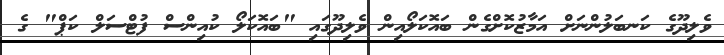
ވެލިދޫގެ ކަނބަލުންނަށް އަމާޒުކޮށްގެން ބައޮކަލޯއިން ވެލިދޫގައި "ބައޮކަލޯ ކުއިންސް ފުޓްސަލް ކަޕް" ގެ